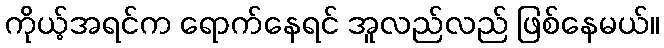
ကိုယ့်အရင်က ရောက်နေရင် အူလည်လည် ဖြစ်နေမယ်။